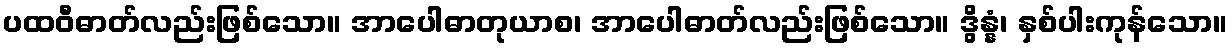
ပထဝီဓာတ်လည်းဖြစ်သော။ အာပေါဓာတုယာစ၊ အာပေါဓာတ်လည်းဖြစ်သော။ ဒွိန္နံ၊ နှစ်ပါးကုန်သော။